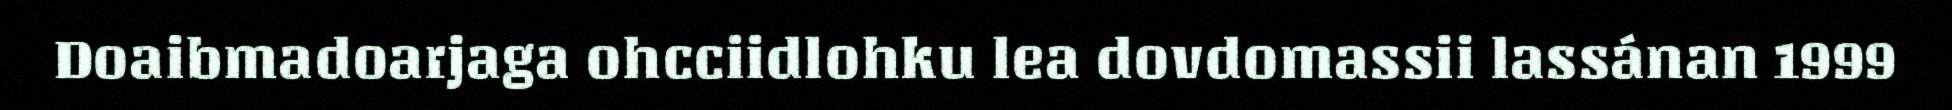
Doaibmadoarjaga ohcciidlohku lea dovdomassii lassánan 1999